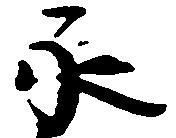
永